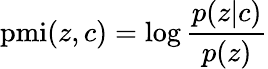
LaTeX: \mathrm{pmi}(z,c)=\log\frac{p(z|c)}{p(z)}